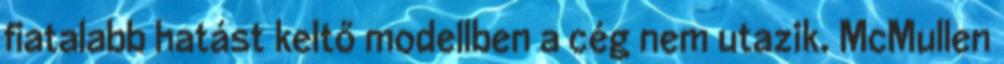
fiatalabb hatást keltő modellben a cég nem utazik. McMullen